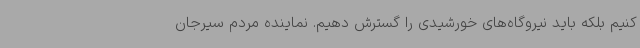
کنیم بلکه باید نیروگاه‌های خورشیدی را گسترش دهیم. نماینده مردم سیرجان